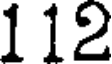
112